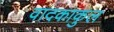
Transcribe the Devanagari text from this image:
वादकाकुल